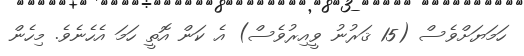
ހަމަޔަށްވެސް (15 ޤަރުނު ވީއިރުވެސް) އެ ކަން އޮތީ ހަމަ އެހެނެވެ. މިހެން